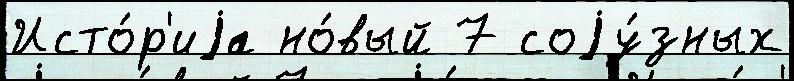
Исто́р'иjа но́вый 7 соjу́зных